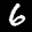
Label: 6